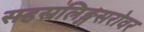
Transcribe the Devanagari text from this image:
सहस्रलिङ्गसरोवर